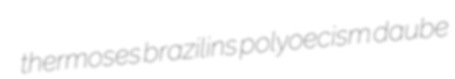
thermoses brazilins polyoecism daube